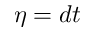
\eta = d t